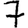
Digit: 7